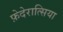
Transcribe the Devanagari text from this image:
फ़ेदेरात्सिया